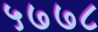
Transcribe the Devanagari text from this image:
५७७८